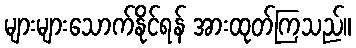
များများသောက်နိုင်ရန် အားထုတ်ကြသည်။